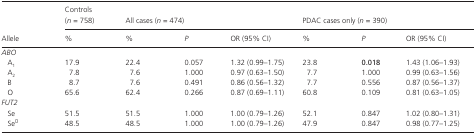
<table><thead><tr><td rowspan="2"><b>Allele</b></td><td><b>Controls (<i>n </i>=<i> </i>758)</b></td><td colspan="3"><b>All cases (<i>n </i>=<i> </i>474)</b></td><td colspan="3"><b>PDAC cases only (<i>n </i>=<i> </i>390)</b></td></tr><tr><td><b>%</b></td><td><b>%</b></td><td><b><i>P</i></b></td><td><b>OR (95% CI)</b></td><td><b>%</b></td><td><b><i>P</i></b></td><td><b>OR (95% CI)</b></td></tr></thead><tbody><tr><td colspan="8"><i>ABO</i></td></tr><tr><td>A<sub>1</sub></td><td>17.9</td><td>22.4</td><td>0.057</td><td>1.32 (0.99–1.75)</td><td>23.8</td><td><b>0.018</b></td><td>1.43 (1.06–1.93)</td></tr><tr><td>A<sub>2</sub></td><td>7.8</td><td>7.6</td><td>1.000</td><td>0.97 (0.63–1.50)</td><td>7.7</td><td>1.000</td><td>0.99 (0.63–1.56)</td></tr><tr><td>B</td><td>8.7</td><td>7.6</td><td>0.491</td><td>0.86 (0.56–1.32)</td><td>7.7</td><td>0.556</td><td>0.87 (0.56–1.37)</td></tr><tr><td>O</td><td>65.6</td><td>62.4</td><td>0.266</td><td>0.87 (0.69–1.11)</td><td>60.8</td><td>0.109</td><td>0.81 (0.63–1.05)</td></tr><tr><td colspan="8"><i>FUT2</i></td></tr><tr><td>Se</td><td>51.5</td><td>51.5</td><td>1.000</td><td>1.00 (0.79–1.26)</td><td>52.1</td><td>0.847</td><td>1.02 (0.80–1.31)</td></tr><tr><td>Se<sup>0</sup></td><td>48.5</td><td>48.5</td><td>1.000</td><td>1.00 (0.79–1.26)</td><td>47.9</td><td>0.847</td><td>0.98 (0.77–1.25)</td></tr></tbody></table>